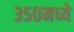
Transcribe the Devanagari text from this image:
३५०मध्ये